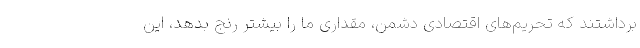
برداشتند که تحریم‌های اقتصادی دشمن، مقداری ما را بیشتر رنج بدهد، این